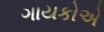
ગાયકોએ